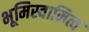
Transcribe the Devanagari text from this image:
भूमिस्वामित्व